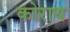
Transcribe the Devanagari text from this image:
कोराथ